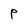
Character: P